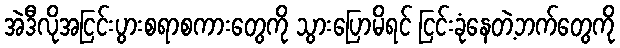
အဲဒီလိုအငြင်းပွားစရာစကားတွေကို သွားပြောမိရင် ငြင်းခုံနေတဲ့ဘက်တွေကို